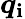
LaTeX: \boldsymbol{q}_{\mathbf{i}}